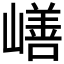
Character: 𰎸